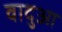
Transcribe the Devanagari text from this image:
वादुआ